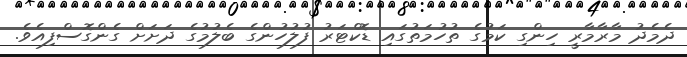
ދެމެދު މާރާމާރީ ހިންގި ކަމުގެ ތުހުމަތުގައި ޑޮކްޓަރު ފުލުހުންގެ ބެލުމުގެ ދަށަށް ގެންގޮސްފިއެވެ.